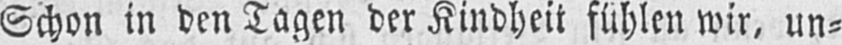
Schon in den Tagen der Kindheit fühlen wir, un⸗